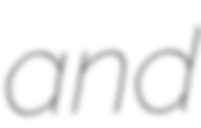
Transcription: and